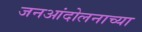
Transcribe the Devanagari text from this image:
जनआंदोलनाच्या